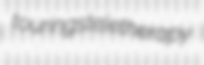
tourings teletherapy